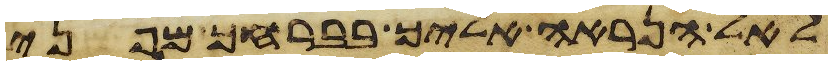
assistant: לאל הנראה אליך בברחך מפני